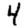
Digit: 4